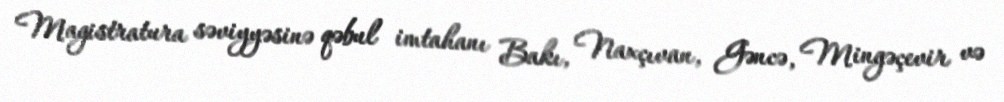
Magistratura səviyyəsinə qəbul imtahanı Bakı, Naxçıvan, Gəncə, Mingəçevir və